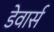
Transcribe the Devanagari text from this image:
डेवार्स